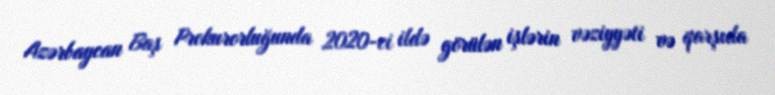
Azərbaycan Baş Prokurorluğunda 2020-ci ildə görülən işlərin vəziyyəti və qarşıda